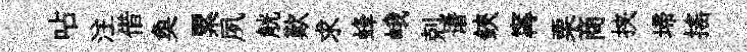
呫注借奐累夙觥歎求蜂峨剋谱鋏𡩋栗商挟埽揺